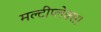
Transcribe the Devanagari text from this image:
मल्टीप्लेक्स।